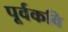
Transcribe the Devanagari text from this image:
पूर्वकवि